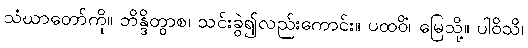
သံဃာတော်ကို။ ဘိန္ဒိတွာစ၊ သင်းခွဲ၍လည်းကောင်း။ ပထဝိံ၊ မြေသို့။ ပါဝိသိ၊